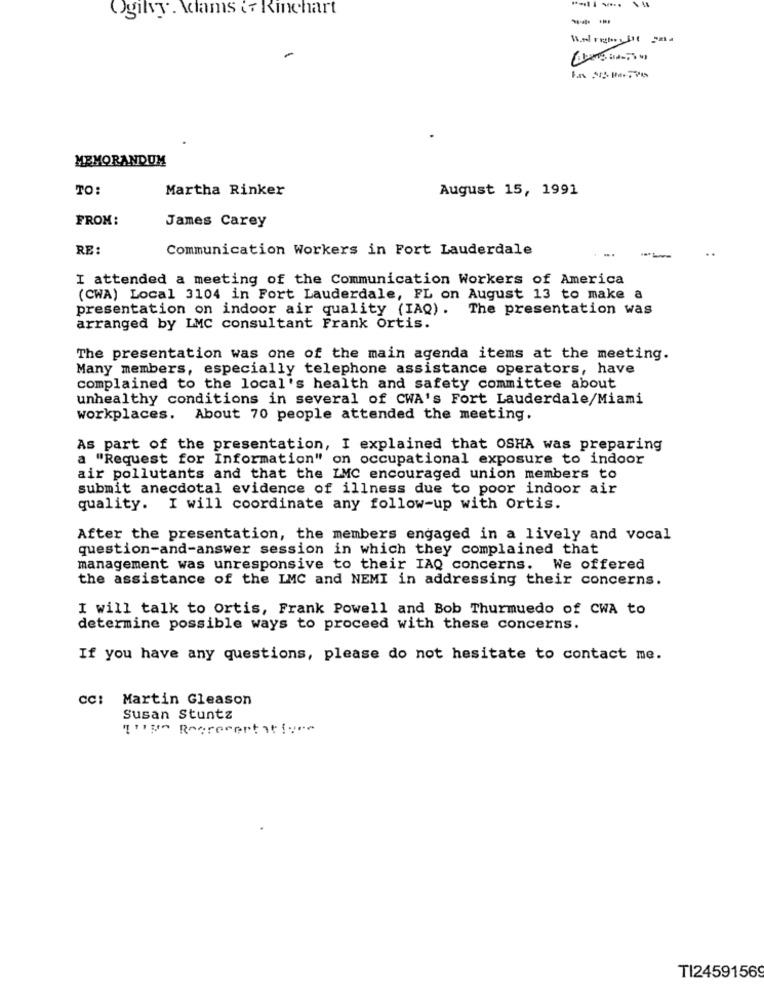
Ogilvy. Adams if Rinehart
-
MEMORANDUM
TO:
Martha Rinker
August 15, 1991
FROM:
James Carey
RE :
Communication Workers in Fort Lauderdale
--
I attended a meeting of the Communication Workers of America
(CWA) Local 3104 in Fort Lauderdale, FL on August 13 to make a
presentation on indoor air quality (IAQ). The presentation was
arranged by LMC consultant Frank ortis.
The presentation was one of the main agenda items at the meeting.
Many members, especially telephone assistance operators, have
complained to the local's health and safety committee about
unhealthy conditions in several of CWA's Fort Lauderdale/Miami
workplaces. About 70 people attended the meeting.
As part of the presentation, I explained that OSHA was preparing
a "Request for Information" on occupational exposure to indoor
air pollutants and that the LMC encouraged union members to
submit anecdotal evidence of illness due to poor indoor air
quality. I will coordinate any follow-up with Ortis.
After the presentation, the members engaged in a lively and vocal
question-and-answer session in which they complained that
management was unresponsive to their IAQ concerns.
We offered
the assistance of the LMC and NEMI in addressing their concerns.
I will talk to ortis, Frank Powell and Bob Thurmuedo of CWA to
determine possible ways to proceed with these concerns.
If you have any questions, please do not hesitate to contact me.
cc: Martin Gleason
Susan Stuntz
TI24591569